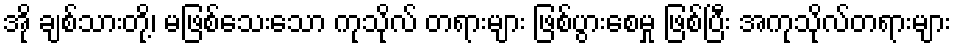
အို ချစ်သားတို့၊ မဖြစ်သေးသော ကုသိုလ် တရားများ ဖြစ်ပွားစေမှု ဖြစ်ပြီး အကုသိုလ်တရားများ